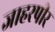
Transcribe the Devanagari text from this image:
जाहरपीर